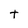
Character: t